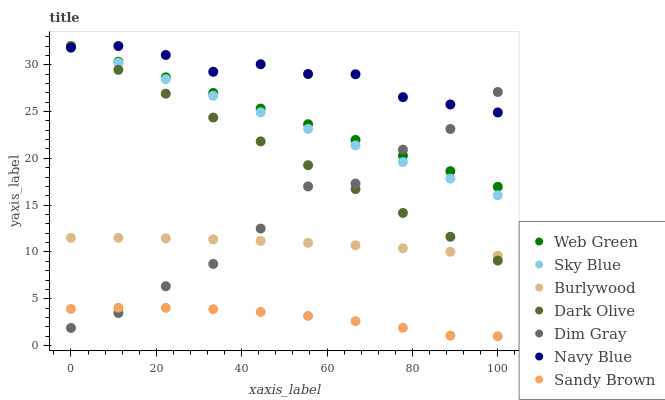
| xaxis_label | Web Green | Sky Blue | Burlywood | Dark Olive | Dim Gray | Navy Blue | Sandy Brown |
 | --- | --- | --- | --- | --- | --- | --- | --- |
 | 0 | 32 | 32 | 11.5 | 32 | 1.89 | 31.8 | 3.92 |
 | 11.1 | 30.3 | 30.2 | 11.5 | 29.5 | 3.48 | 32 | 4.05 |
 | 22.2 | 28.7 | 28.5 | 11.5 | 26.9 | 6.34 | 31 | 4.04 |
 | 33.3 | 27 | 26.7 | 11.3 | 24.4 | 8.73 | 29.2 | 3.89 |
 | 44.4 | 25.3 | 24.9 | 11.2 | 21.8 | 12.5 | 30.1 | 3.6 |
 | 55.6 | 23.6 | 23.1 | 11 | 19.3 | 17 | 29 | 3.17 |
 | 66.7 | 22 | 21.4 | 10.7 | 16.7 | 17.3 | 29 | 2.61 |
 | 77.8 | 20.3 | 19.6 | 10.4 | 14.2 | 20.9 | 26.5 | 1.91 |
 | 88.9 | 18.6 | 17.8 | 10 | 11.6 | 23.1 | 25.8 | 1.06 |
 | 100 | 17 | 16.1 | 9.6 | 9.08 | 27.1 | 24.9 | 1 |